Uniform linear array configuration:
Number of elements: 8
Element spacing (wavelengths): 0.25
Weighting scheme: hann
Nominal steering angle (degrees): -30
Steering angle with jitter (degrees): -30.132
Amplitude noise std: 0.05
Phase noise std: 0.05

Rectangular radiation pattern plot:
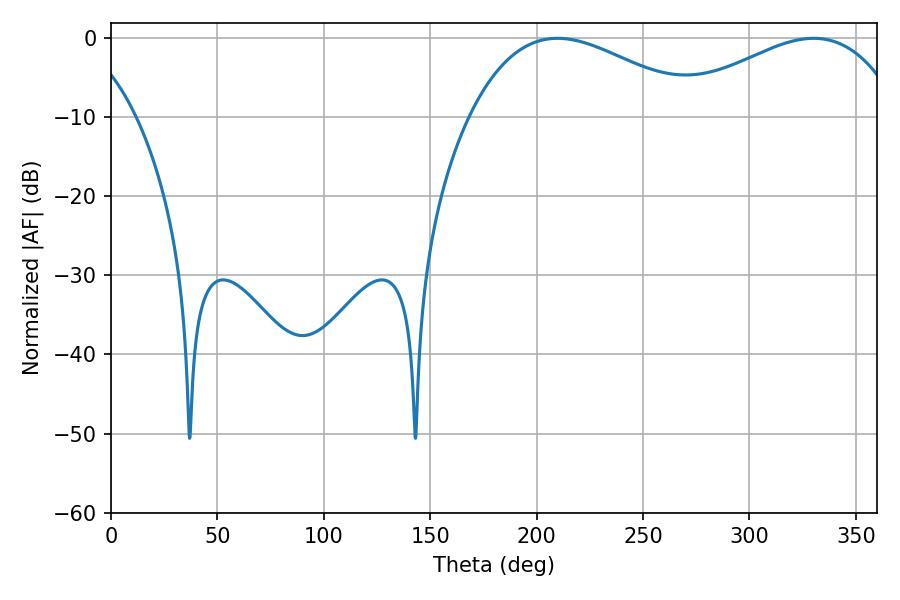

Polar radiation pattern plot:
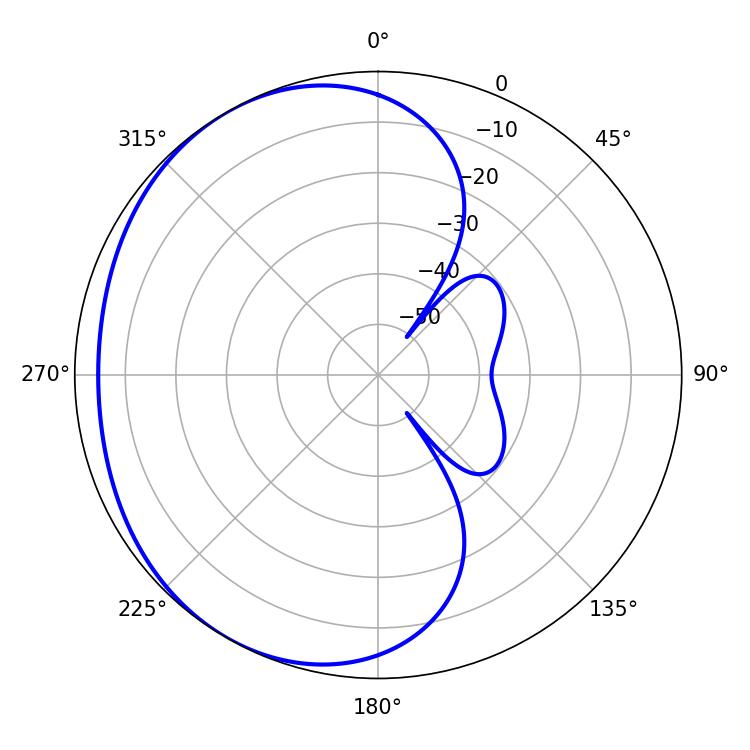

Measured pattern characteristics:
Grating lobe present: FALSE
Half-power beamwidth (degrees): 59.4
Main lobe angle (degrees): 209.88